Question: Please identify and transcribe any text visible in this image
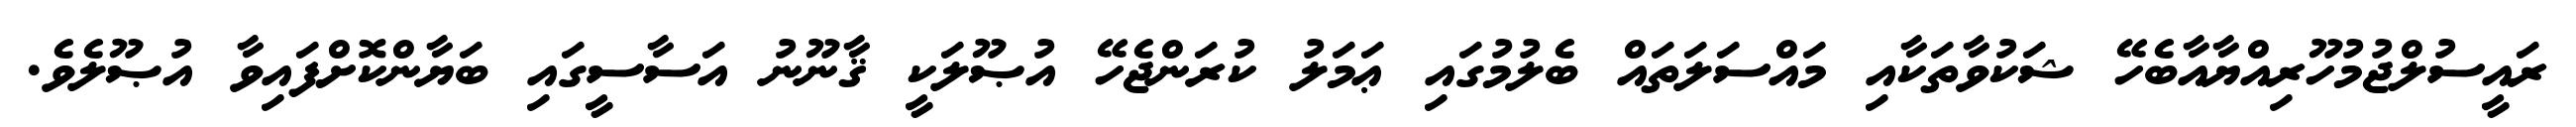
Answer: ރައީސުލްޖުމުހޫރިއްޔާއާބެހޭ ޝަކުވާތަކާއި މައްސަލަތައް ބެލުމުގައި ޢަމަލު ކުރަންޖެހޭ އުޞޫލަކީ ޤާނޫނު އަސާސީގައި ބަޔާންކޮށްފައިވާ އުޞޫލެވެ.